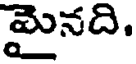
మైనది.